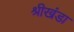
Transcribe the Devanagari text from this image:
श्रीखंडा